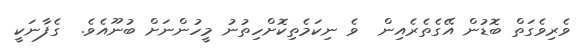
ވެރިވެގަތް ބޮޑުން އޭގެތެރެއިން  ވެ ނިކަމެތިކޮށްހިތުނު މީހުންނަށް ބުނޫއެވެ.  ގެފާނަކީ